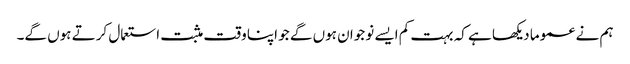
ہم نے عموما دیکھا ہے کہ بہت کم ایسے نوجوان ہوں گے جو اپنا وقت مثبت استعمال کرتے ہوں گے۔